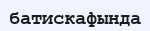
батискафында